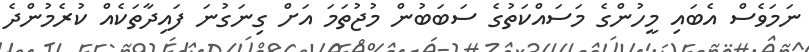
ނަމަވެސް އެބައި މީހުންގެ މަސައްކަތުގެ ސަބަބުން މުޖުތަމަ އަށް ގިނަގުނަ ފައިދާތަކެއް ކުރެމުންދެ